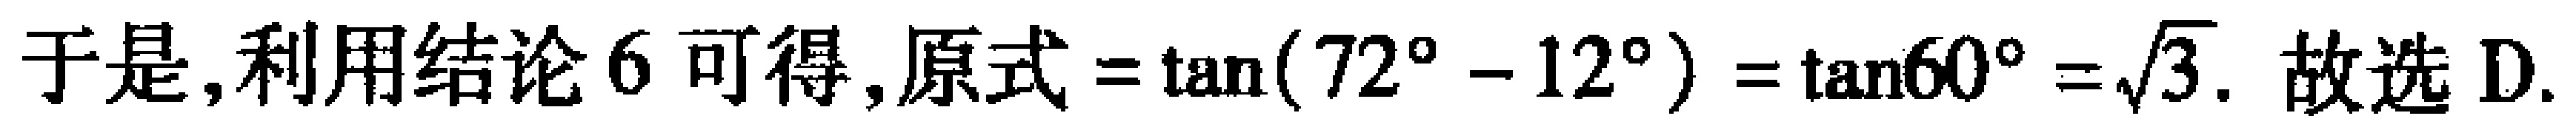
于是, 利用结论 6 可得, 原式$=\tan(72^{\circ}-12^{\circ})=\tan60^{\circ}=\sqrt{3}$. 故选 D.